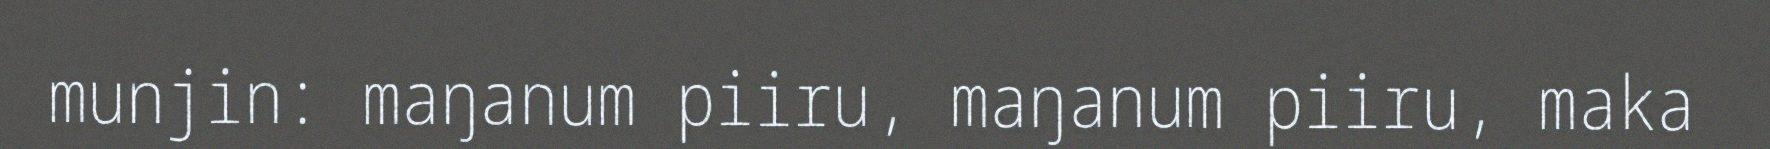
munjin: maŋanum piiru, maŋanum piiru, maka